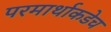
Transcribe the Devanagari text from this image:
परमार्थाकडेच